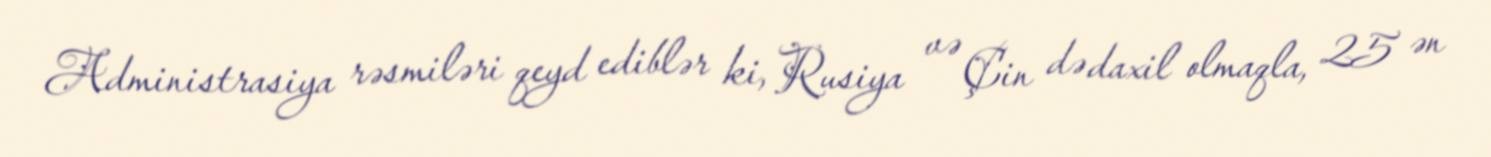
Administrasiya rəsmiləri qeyd ediblər ki, Rusiya və Çin də daxil olmaqla, 25 ən